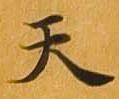
天